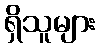
ရှိသူများ